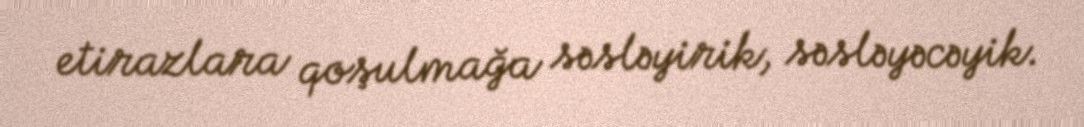
etirazlara qoşulmağa səsləyirik, səsləyəcəyik.